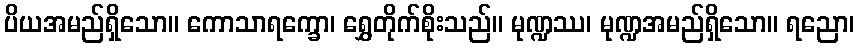
ပိယအမည်ရှိသော။ ကောသာရက္ခော၊ ရွှေတိုက်စိုးသည်။ မုဏ္ဍဿ၊ မုဏ္ဍအမည်ရှိသော။ ရညော၊